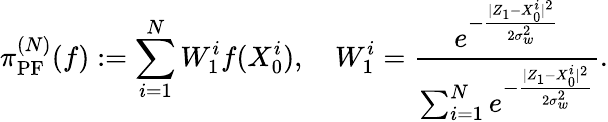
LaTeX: \pi_{\mathrm{PF}}^{(N)}(f):=\sum_{i=1}^{N}W_{1}^{i}f(X_{0}^{i}),\quad W_{1}^{i}=\frac{e^{-\frac{|Z_{1}-X_{0}^{i}|^{2}}{2\sigma_{w}^{2}}}}{\sum_{i=1}^{N}e^{-\frac{|Z_{1}-X_{0}^{i}|^{2}}{2\sigma_{w}^{2}}}}.